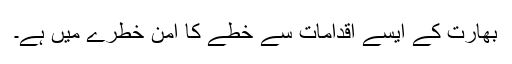
بھارت کے ایسے اقدامات سے خطے کا امن خطرے میں ہے۔